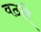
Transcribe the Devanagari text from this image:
वठले